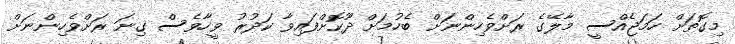
މިގޮތަށް ހަމަޖެއްސީ މާލޭގެ ރަށްވެހިންނަށް ބެހުމަށް ދޫކޮށްފައިވާ ކަދުރު ވީހާވެސް ގިނަ ރަށްވެހިންނަށް